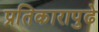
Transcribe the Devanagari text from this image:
प्रतिकारापुढे